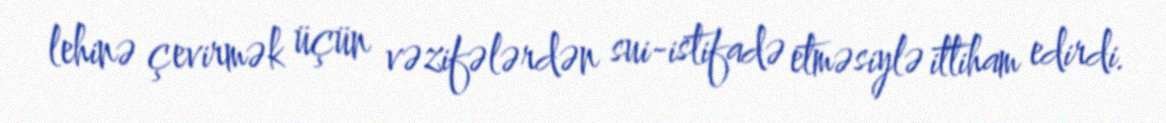
lehinə çevirmək üçün vəzifələrdən sui-istifadə etməsiylə ittiham edirdi.